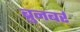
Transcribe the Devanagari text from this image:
ब्रुनबर्र